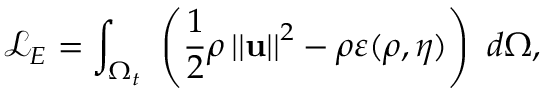
\mathcal { L } _ { E } = \int _ { \Omega _ { t } } \ \left( \frac { 1 } { 2 } \rho \left\vert \left\vert \mathbf { u } \right\vert \right\vert ^ { 2 } - \rho \varepsilon ( \rho , \eta ) \right) \ d \Omega ,